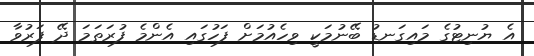
އެ ޔުނިޓުގެ މައިގަނޑު ބޭނުމަކީ ވިހެއުމަށް ފަހުގައި އެންމެ ފުރަތަމަ ދޭ ފަރުވާ